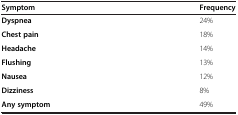
<table><thead><tr><td><b>Symptom</b></td><td><b>Frequency</b></td></tr></thead><tbody><tr><td><b>Dyspnea</b></td><td>24%</td></tr><tr><td><b>Chest pain</b></td><td>18%</td></tr><tr><td><b>Headache</b></td><td>14%</td></tr><tr><td><b>Flushing</b></td><td>13%</td></tr><tr><td><b>Nausea</b></td><td>12%</td></tr><tr><td><b>Dizziness</b></td><td>8%</td></tr><tr><td><b>Any symptom</b></td><td>49%</td></tr></tbody></table>